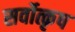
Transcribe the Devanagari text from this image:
सर्वोत्कृष